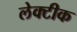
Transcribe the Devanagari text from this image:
लेक्टीक